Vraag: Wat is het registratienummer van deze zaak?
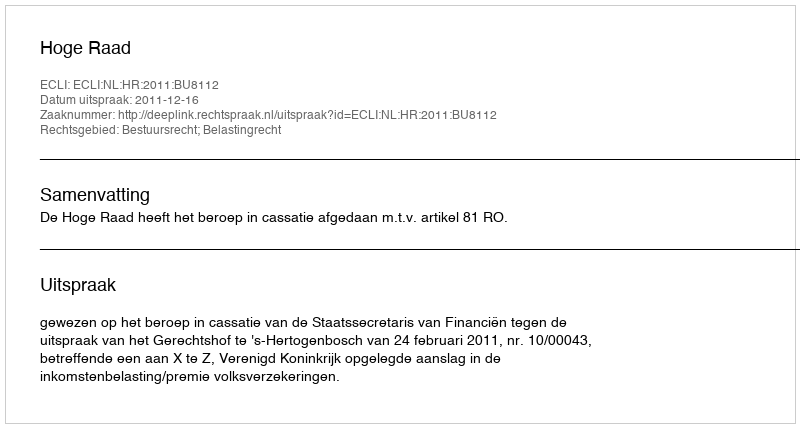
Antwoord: http://deeplink.rechtspraak.nl/uitspraak?id=ECLI:NL:HR:2011:BU8112